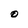
Character: O